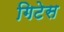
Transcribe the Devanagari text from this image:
गिटेस